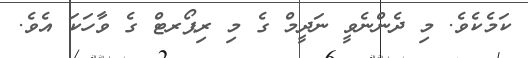
ކަމެކެވެ. މި ދެންނެވީ ނަދީމް ގެ މި ރިޕޯރޓް ގެ ވާހަކަ އެވެ.